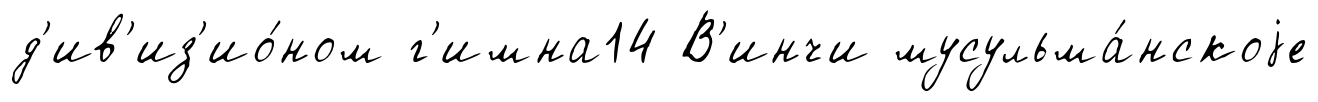
д'ив'из'ио́ном г'имна14 В'инчи мусульма́нскоjе